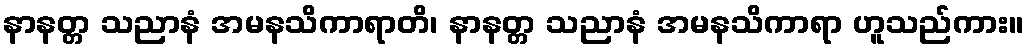
နာနတ္တ သညာနံ အမနသိကာရာတိ၊ နာနတ္တ သညာနံ အမနသိကာရာ ဟူသည်ကား။